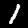
Digit: 1